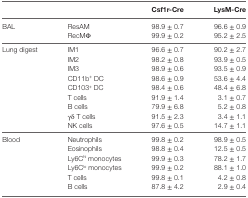
|  |  | Csf1r-Cre | LysM-Cre |
 | --- | --- | --- | --- |
 | <ROWSPAN=2> BAL | ResAM | 98.9 ± 0.7 | 96.6 ± 0.9 |
 | RecMΦ | 99.9 ± 0.2 | 95.2 ± 2.5 |
 | <ROWSPAN=9> Lung digest | IM1 | 96.6 ± 0.7 | 90.2 ± 2.7 |
 | IM2 | 98.2 ± 0.8 | 93.9 ± 0.5 |
 | IM3 | 98.9 ± 0.6 | 93.5 ± 0.9 |
 | CD11b+ DC | 98.6 ± 0.9 | 53.6 ± 4.4 |
 | CD103+ DC | 98.4 ± 0.6 | 48.4 ± 6.8 |
 | T cells | 91.9 ± 1.4 | 3.1 ± 0.7 |
 | B cells | 79.9 ± 6.8 | 5.2 ± 0.8 |
 | γδ T cells | 91.5 ± 2.3 | 3.4 ± 1.1 |
 | NK cells | 97.6 ± 0.5 | 14.7 ± 1.1 |
 | <ROWSPAN=6> Blood | Neutrophils | 99.8 ± 0.2 | 98.9 ± 0.5 |
 | Eosinophils | 98.8 ± 0.4 | 12.5 ± 0.5 |
 | Ly6Chi monocytes | 99.9 ± 0.3 | 78.2 ± 1.7 |
 | Ly6Clo monocytes | 99.9 ± 0.2 | 88.1 ± 1.0 |
 | T cells | 99.8 ± 0.1 | 4.2 ± 0.8 |
 | B cells | 87.8 ± 4.2 | 2.9 ± 0.4 |